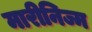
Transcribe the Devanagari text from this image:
मारीनिज्म